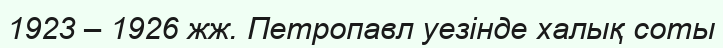
1923 – 1926 жж. Петропавл уезінде халық соты